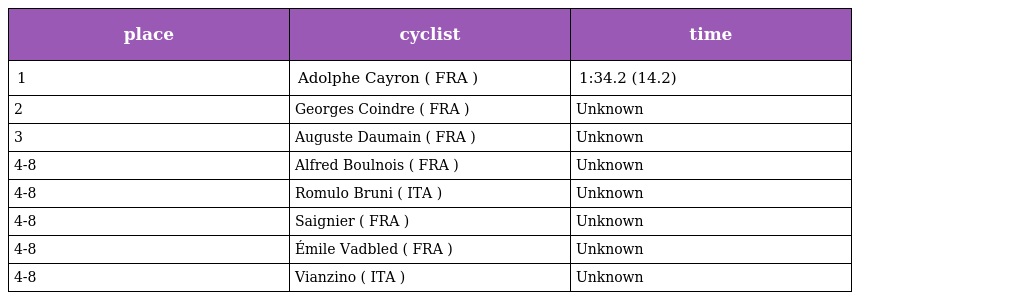
| place | cyclist | time |
 | --- | --- | --- |
 | 1 | Adolphe Cayron ( FRA ) | 1:34.2 (14.2) |
 | 2 | Georges Coindre ( FRA ) | Unknown |
 | 3 | Auguste Daumain ( FRA ) | Unknown |
 | 4-8 | Alfred Boulnois ( FRA ) | Unknown |
 | 4-8 | Romulo Bruni ( ITA ) | Unknown |
 | 4-8 | Saignier ( FRA ) | Unknown |
 | 4-8 | Émile Vadbled ( FRA ) | Unknown |
 | 4-8 | Vianzino ( ITA ) | Unknown |